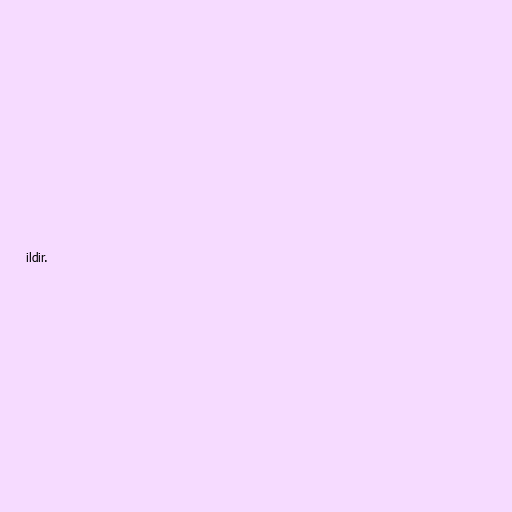
ildir.